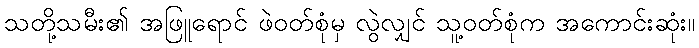
သတို့သမီး၏ အဖြူရောင် ဖဲဝတ်စုံမှ လွဲလျှင် သူ့ဝတ်စုံက အကောင်းဆုံး။